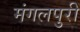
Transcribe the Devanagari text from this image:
मंगलपुरी